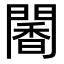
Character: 䦭